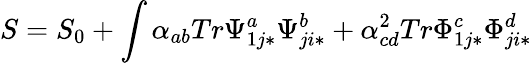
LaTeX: S=S_{0}+\int\alpha_{ab}Tr\Psi_{1j*}^{a}\Psi_{ji*}^{b}+\alpha_{cd}^{2}Tr\Phi_{1j*}^{c}\Phi_{ji*}^{d}